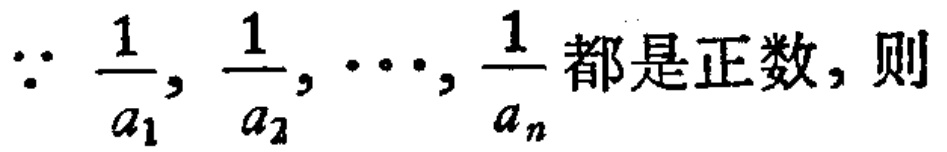
$\because \frac{1}{a_{1}}, \frac{1}{a_{2}}, \cdots, \frac{1}{a_{n}}$都是正数，则